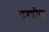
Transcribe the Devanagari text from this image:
लण्डौरा